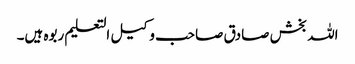
اللہ بخش صادق صاحب وکیل التعلیم ربوہ ہیں۔